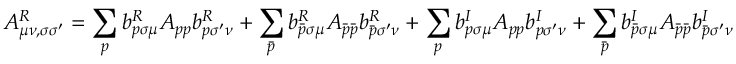
A _ { \mu \nu , \sigma \sigma ^ { \prime } } ^ { R } = \sum _ { p } b _ { p \sigma \mu } ^ { R } A _ { p p } b _ { p \sigma ^ { \prime } \nu } ^ { R } + \sum _ { \bar { p } } b _ { \bar { p } \sigma \mu } ^ { R } A _ { \bar { p } \bar { p } } b _ { \bar { p } \sigma ^ { \prime } \nu } ^ { R } + \sum _ { p } b _ { p \sigma \mu } ^ { I } A _ { p p } b _ { p \sigma ^ { \prime } \nu } ^ { I } + \sum _ { \bar { p } } b _ { \bar { p } \sigma \mu } ^ { I } A _ { \bar { p } \bar { p } } b _ { \bar { p } \sigma ^ { \prime } \nu } ^ { I }